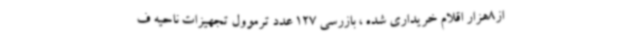
از8هزار اقلام خریداری شده ، بازرسی 127 عدد ترموول تجهیزات ناحیه ف